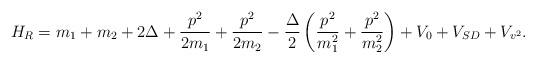
LaTeX: \begin{align*}H_{R} = m_{1} + m_{2} + 2 \Delta + \frac{p^{2}}{2 m_{1}} + \frac{p^{2}}{2 m_{2}} - \frac{\Delta }{2} \left( \frac{p^{2}}{m_{1}^{2}} + \frac{p^{2}}{m_{2}^{2}} \right) + V_{0} + V_{SD} + V_{v^{2}} .\end{align*}